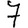
Digit: 7